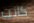
كانت